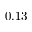
0 . 1 3